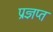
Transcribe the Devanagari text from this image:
प्रज्ञप्त